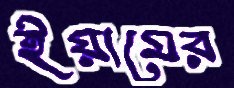
ইয়ামের